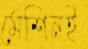
মেশিনই